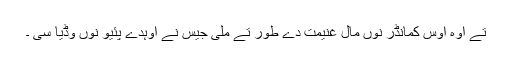
تے اوہ اوس کمانڈر نوں مال غنیمت دے طور تے ملی جیس نے اوہدے پئیو نوں وڈیا سی ۔